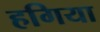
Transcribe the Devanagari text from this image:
हगिया